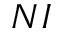
N I